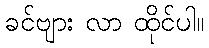
ခင်ဗျား လာ ထိုင်ပါ။